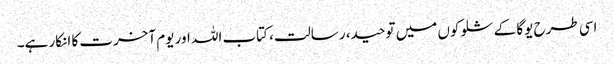
اسی طرح یوگا کے شلوکوں میں توحید، رسالت، کتاب اللہ اور یوم آخرت کا انکار ہے۔